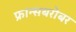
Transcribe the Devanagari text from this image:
फ्रान्सबरोबर